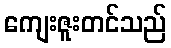
ကျေးဇူးတင်သည်